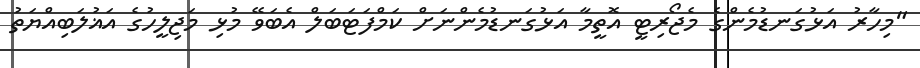
"މިހާރު އަޅުގަނޑުމެންގެ މެޖޯރިޓީ އޮތީމާ އަޅުގަނޑުމެންނަށް ކަމްފަޓަބަލް އެބަވޭ މުޅި މަޖިލީހުގެ އަޣުލަބިއްޔަތު